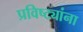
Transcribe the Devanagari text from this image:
प्रविष्ट्यांना